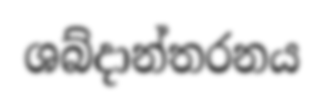
ශබ්දාන්තරනය